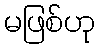
မဖြစ်ဟု